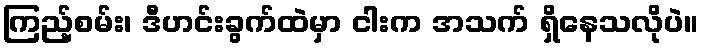
ကြည့်စမ်း၊ ဒီဟင်းခွက်ထဲမှာ ငါးက အသက် ရှိနေသလိုပဲ။